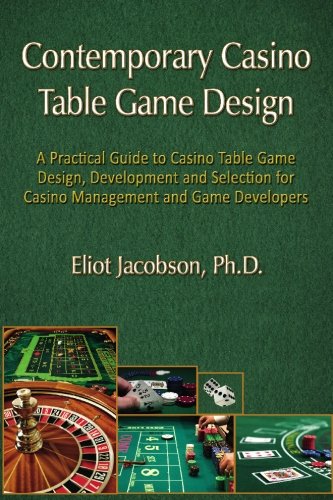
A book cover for Contemporary Casino Table Game Design: A Practical Guide to Casino Table Game Design, Development and Selection for Casino Management and Game Developers; Eliot Jacobson Ph.D.; Humor & Entertainment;